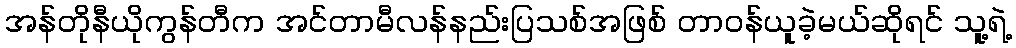
အန်တိုနီယိုကွန်တီက အင်တာမီလန်နည်းပြသစ်အဖြစ် တာဝန်ယူခဲ့မယ်ဆိုရင် သူ့ရဲ့